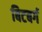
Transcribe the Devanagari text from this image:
बिटबर्ग